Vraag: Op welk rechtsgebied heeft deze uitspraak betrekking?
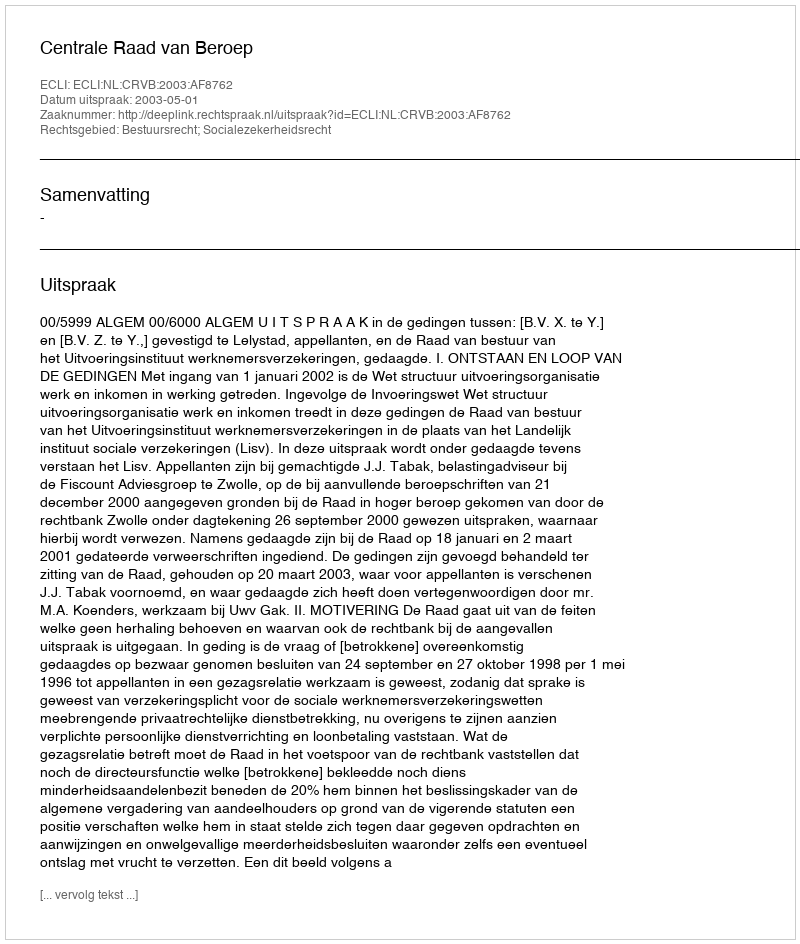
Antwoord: Bestuursrecht; Socialezekerheidsrecht